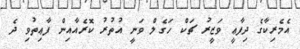
އެމެރިކާގެ ދިފާޢީ ވަޒީރު ޗަކް ހަގެލް ވަނީ އުތުރު ކޮރެއާއިން ފާޢިތުވި ދެ